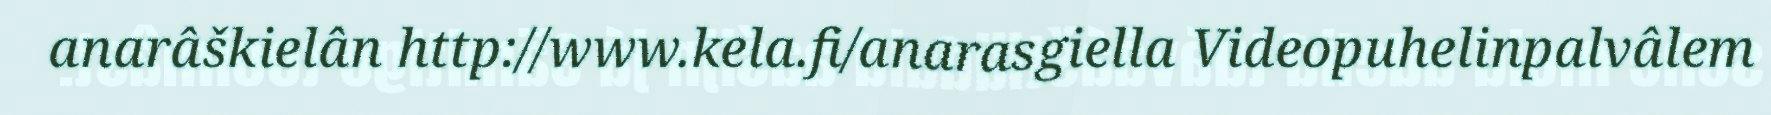
anarâškielân http://www.kela.fi/anarasgiella Videopuhelinpalvâlem